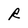
Character: R